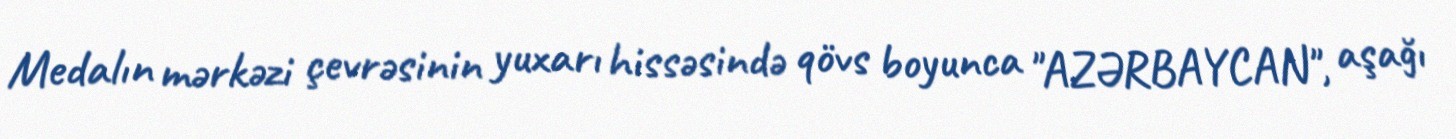
Medalın mərkəzi çevrəsinin yuxarı hissəsində qövs boyunca "AZƏRBAYCAN", aşağı